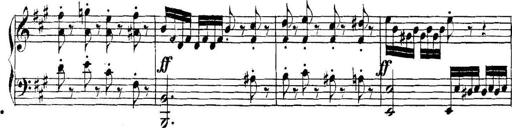
Title: Collected Piano Sonatas
Composer: Muzio Clementi